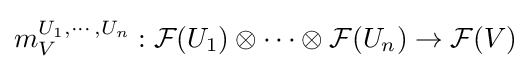
m_{V}^{U_{1},\cdots ,U_{n}}:{\mathcal {F}}(U_{1})\otimes \cdots \otimes {\mathcal {F}}(U_{n})\rightarrow {\mathcal {F}}(V)